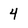
Character: 4